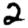
Digit: 2